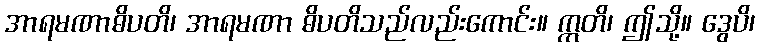
အာရမဏာဓိပတိ၊ အာရမဏာ ဓိပတိသည်လည်းကောင်း။ ဣတိ၊ ဤသို့။ ဒွေပိ၊